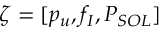
\zeta = [ p _ { u } , f _ { I } , P _ { S O L } ]